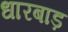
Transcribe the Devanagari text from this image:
धारबाड़